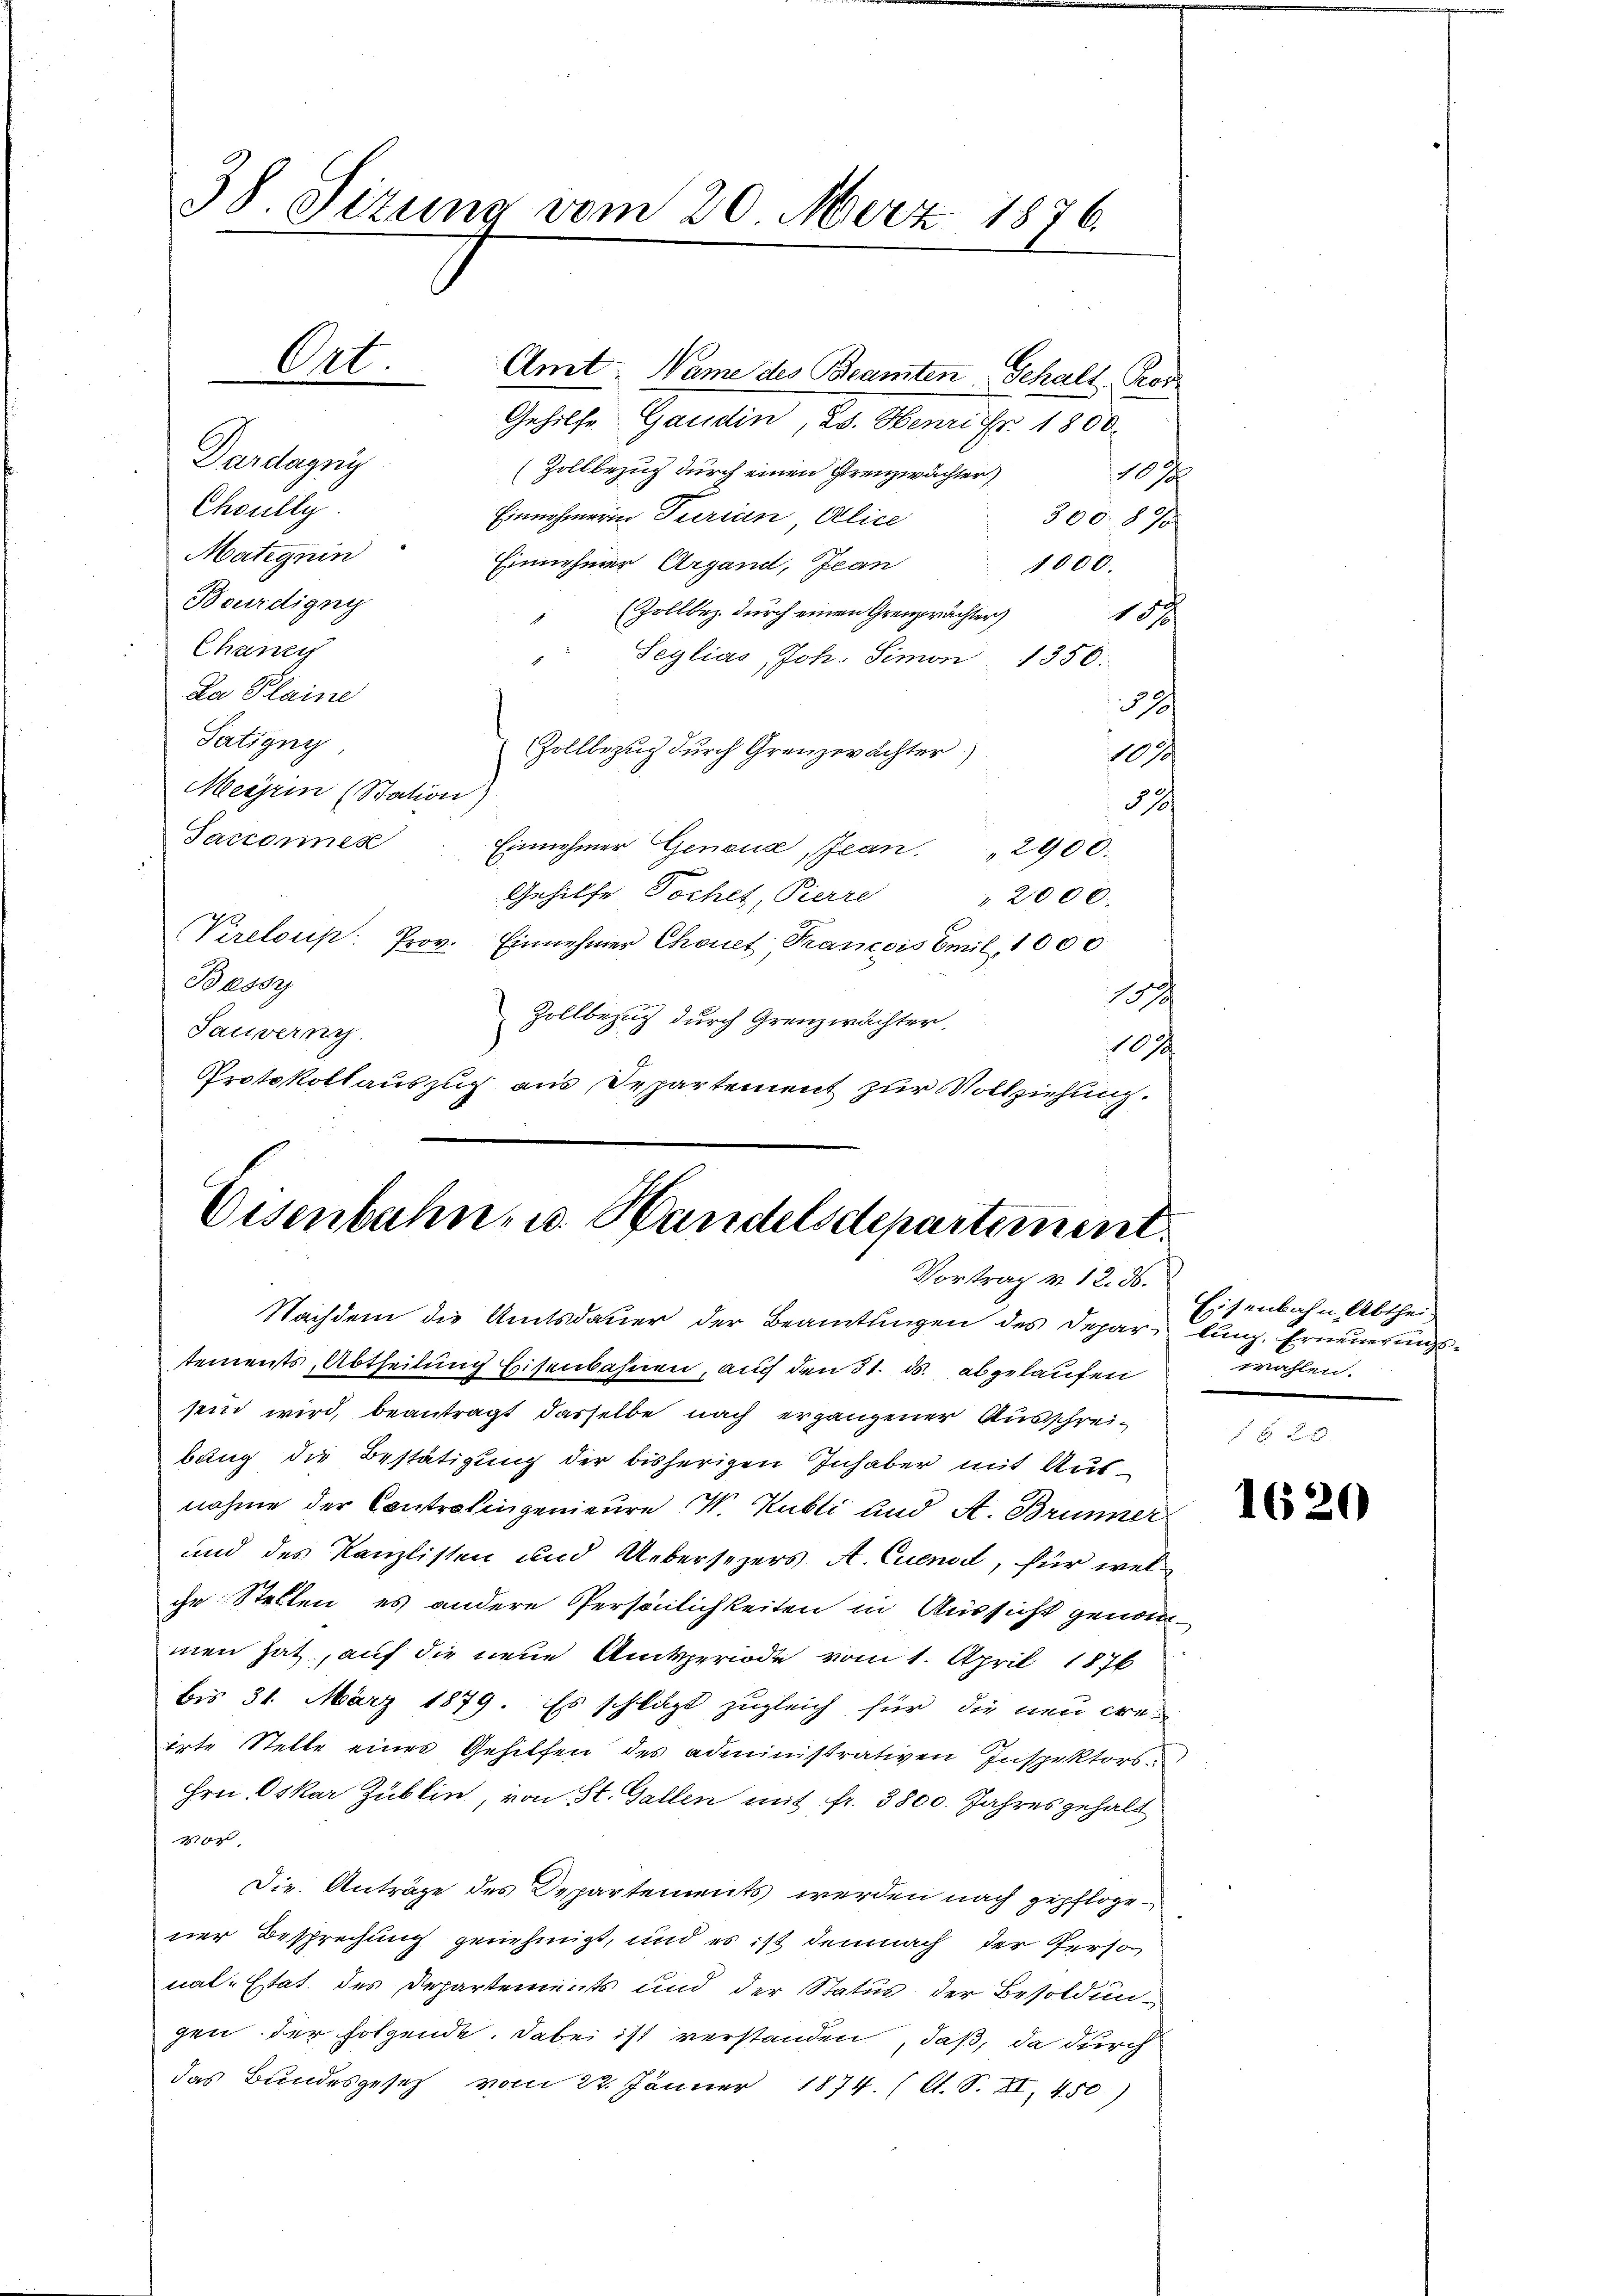
38. Sizung vom 20. März 1876.
Ort. Amt, Name des Beamten Gehalt Ros

Gehilfe Gaudin, 25. Henri fr. 1800.
Dardagni
(Zollbezug durch einen Grenzwachter)
17
Choully
Einnehmerin Turian Alice
30087
Matignin
Einnehmer Argand, Jean
1000.
Bourdigni
(Zollbez. durch einen Grenzprächter)
157
Chanc
Seylias Joh. Simon 1350.
Da Plaine
32/
Tätigny
Zollbezug durch Grenzerächter
1
Meirin (Station)
3
Sacronnes
Einnehmer Genaud, Jean " 2900.
Gehilfe. Dochet, Pierre
2000.
Vireloris Prov. Einnehmer Chonet, Francois Emil, 1000.
Bassy
2
Zollbezug durch Grenzwächter,
Tauverny
107
Protokollauszug aus Departement zur Vollziehung.

Eisenbahn- u. Handelsdepartement.
Vortrag v. 12. d.

Nachdem die Amtsdauer der Beamtungen des Depar- lung. Erneuerungstements, Abtheilung Heisenbahnen, auch den 31. ds. abgelaufen
sein wird, beantragt dasselbe nach ergangener Ausschreibung die Bestätigung der bisherigen Inhaber mit Aufnahme der Controlingenieure V. Kubli und A. Brunner
und des Kanzlisten und Uebersezers A. Cuenod, für welche Stellen, es andere Persönlichkeiten in Aussicht genommen hat, auf die neue Amtsperiode vom 1. April 1876
bis 31. März 1879. Es schlägt zugleich für die neu cre-
irte Stelle eines Gehilfen des administrativen Inspektors
Hrei. Oskar Züblin, von St. Gallen mit fr. 3800. Jahres gehalt
vor,
Dir. Anträge des Departements werden nach gepflogener Besprechung genehmigt, und es ist demnach der Perso
nal-Etat des Departements und der Status der Besoldungen der folgende. Dabei ist verstanden, daß, da durch
das Bundesgesetz vom 22. Jänner 1874. (A. S. XI, 450.)

Eisenbahn, Abthei
wahlen.

1620